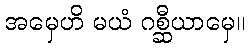
အမှေဟိ မယံ ဂစ္ဆီယာမှေ။